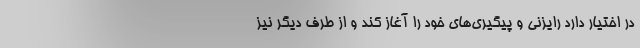
در اختیار دارد رایزنی و پیگیری‌های خود را آغاز کند و از طرف دیگر نیز